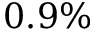
0 . 9 \%